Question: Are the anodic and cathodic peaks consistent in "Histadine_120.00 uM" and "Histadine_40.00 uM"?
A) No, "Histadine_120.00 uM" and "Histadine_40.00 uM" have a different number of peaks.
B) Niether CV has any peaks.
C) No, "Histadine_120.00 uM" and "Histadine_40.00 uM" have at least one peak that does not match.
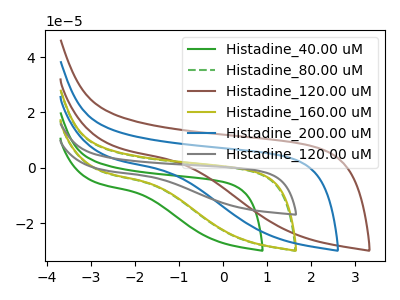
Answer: <think>The green curve "Histadine_40.00 uM" has no peaks. The green dashed curve "Histadine_80.00 uM" has no peaks. The brown curve "Histadine_120.00 uM" has no peaks. The olive curve "Histadine_160.00 uM" has no peaks. The blue curve "Histadine_200.00 uM" has no peaks. The gray curve "Histadine_120.00 uM" has no peaks.</think>
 <answer>B) Niether CV has any peaks.</answer>
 <eval>B</eval>